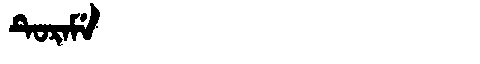
Manchu: ᡨᡠᡵᠠᠮᡝ
Romanization: TURAME